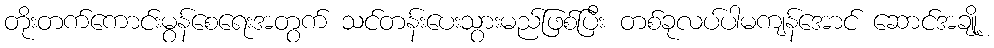
တိုးတက်ကောင်းမွန်စေရေးအတွက် သင်တန်းပေးသွားမည်ဖြစ်ပြီး တစ်ခုလပ်ပါမကျန်အောင် ဆောင်အချို့